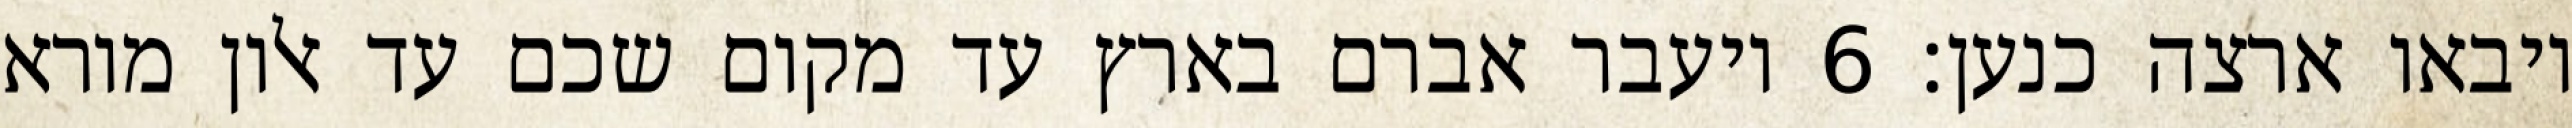
ויבאו ארצה כנען׃ ‎6‏ ויעבר אברם בארץ עד מקום שכם עד אלון מורא